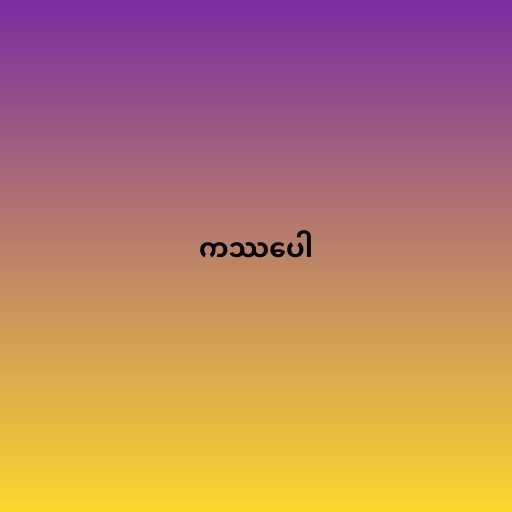
ကဿပေါ